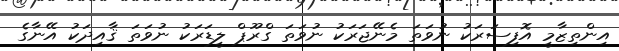
އިންތިޒާމީ އޮފިސަރަކު ނުވަތަ މެނޭޖަރަކު ނުވަތަ ގްރޫޕް ލީޑަރަކު ނުވަތަ ޤާއިދަކު އޭނާގެ